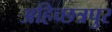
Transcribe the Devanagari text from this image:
अहिच्छत्रपुर